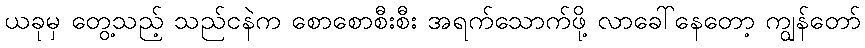
ယခုမှ တွေ့သည့် သည်ငနဲက စောစောစီးစီး အရက်သောက်ဖို့ လာခေါ်နေတော့ ကျွန်တော်